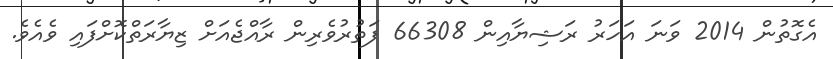
އެގޮތުން 2014 ވަނަ އަހަރު ރަޝިޔާއިން 66308 ފަތުރުވެރިން ރާއްޖެއަށް ޒިޔާރަތްކޮށްފައި ވެއެވެ.